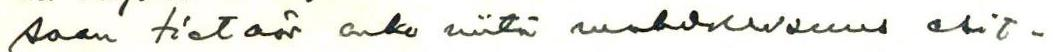
saan tietoä onko niitä mahdollisuus esit-